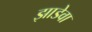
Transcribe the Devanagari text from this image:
झाडेवा